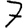
Digit: 7